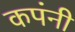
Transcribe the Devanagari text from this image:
कपंनी